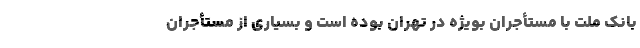
بانک ملت با مستأجران بویژه در تهران بوده است و بسیاری از مستأجران